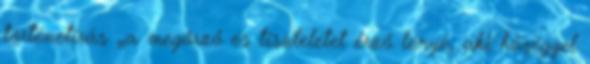
történetírás „a megőrző és tiszteletet érző lényé, aki hűséggel